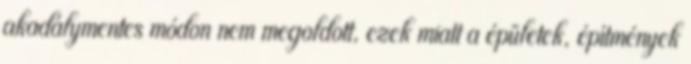
akadálymentes módon nem megoldott, ezek miatt a épületek, építmények